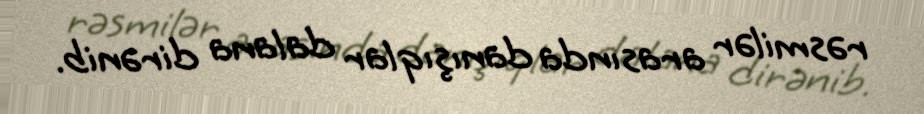
rəsmilər arasında danışıqlar dalana dirənib.